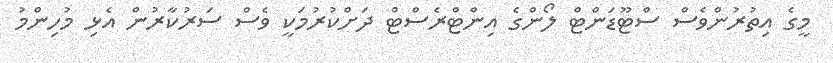
މީގެ އިތުރުންވެސް ސްޓޫޑަންޓް ލޯންގެ އިންޓްރެސްޓް ދަށްކުރުމަކީ ވެސް ސަރުކާރުން އެޅި މުހިންމު